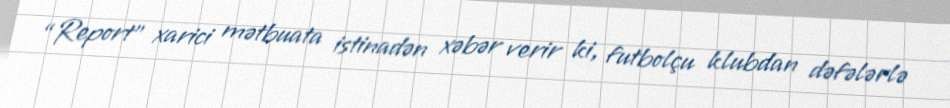
“Report” xarici mətbuata istinadən xəbər verir ki, futbolçu klubdan dəfələrlə